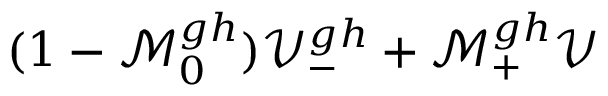
( 1 - \mathcal { M } _ { 0 } ^ { g h } ) \mathcal { V } _ { - } ^ { g h } + \mathcal { M } _ { + } ^ { g h } \mathcal { V }